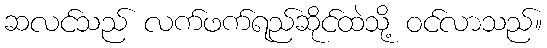
ဆလင်သည် လက်ဖက်ရည်ဆိုင်ထဲသို့ ဝင်လာသည်။